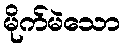
မိုက်မဲသော